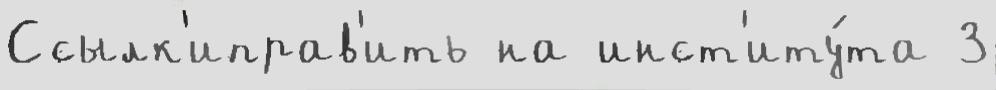
Ссылк'иправ'ить на инст'иту́та 3